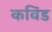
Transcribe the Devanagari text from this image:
कविंड